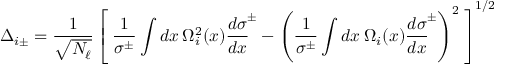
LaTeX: { \mit \Delta } _ { i \pm } = \frac { 1 } { \sqrt { N _ { \ell } } } \left[ \: \frac { 1 } { \sigma ^ { \pm } } \int d x \: { \mit \Omega } _ { i } ^ { 2 } ( x ) { \frac { d \sigma } { d x } } ^ { \! \pm } - \left( \frac { 1 } { \sigma ^ { \pm } } \int d x \: { \mit \Omega } _ { i } ( x ) { \frac { d \sigma } { d x } } ^ { \! \pm } \right) ^ { 2 } \: \right] ^ { 1 / 2 }